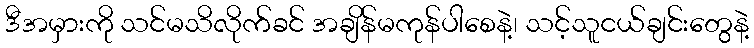
ဒီအမှားကို သင်မသိလိုက်ခင် အချိန်မကုန်ပါစေနဲ့၊ သင့်သူငယ်ချင်းတွေနဲ့